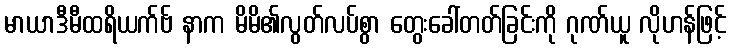
မာယာဒီမီထရိယက်ဗ် နာက မိမိ၏လွတ်လပ်စွာ တွေးခေါ်တတ်ခြင်းကို ဂုဏ်ယူ လိုဟန်ဖြင့်